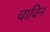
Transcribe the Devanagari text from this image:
चाविन